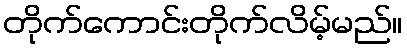
တိုက်ကောင်းတိုက်လိမ့်မည်။